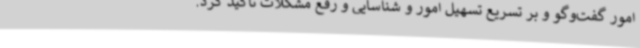
امور گفت‌وگو و بر تسریع تسهیل امور و شناسایی و رفع مشکلات تأکید کرد.